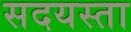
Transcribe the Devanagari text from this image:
सदयस्ता